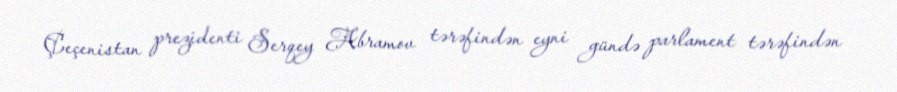
Çeçenistan prezidenti Serqey Abramov tərəfindən eyni gündə parlament tərəfindən